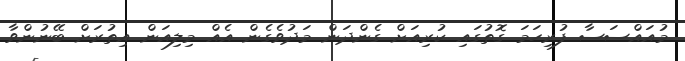
މުއައްސަސާ ފުރިހަމަ ގޮތުގައި ކުރިއަށް ގެންދަން މަދުވެގެން އެއް މިލިއަން އިތުރަށް ބޭނުންވާ